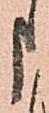
申